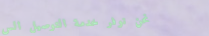
نحن نوفر خدمة التوصيل الس